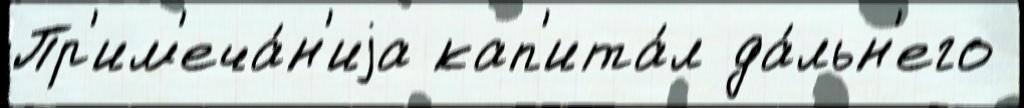
Пр'им'еча́н'иjа кап'ита́л да́льн'его